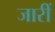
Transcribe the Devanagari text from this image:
जारीं